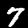
Digit: 7